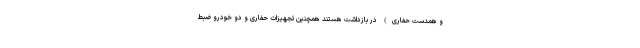
و همدست حفاری) در بازداشت هستند همچنین تجهیزات حفاری و دو خودرو ضبط